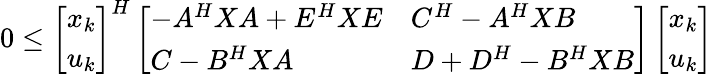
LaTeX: \begin{array}{r}{0\leq\left[\begin{array}{l}{x_{k}}\\ {u_{k}}\end{array}\right]^{H}\left[\begin{array}{ll}{-A^{H}XA+E^{H}XE}&{C^{H}-A^{H}XB}\\ {C-B^{H}XA}&{D+D^{H}-B^{H}XB}\end{array}\right]\left[\begin{array}{l}{x_{k}}\\ {u_{k}}\end{array}\right]}\end{array}